Lunatic asylums Madras 1877-1891 - 1877-1891
Year: 1877
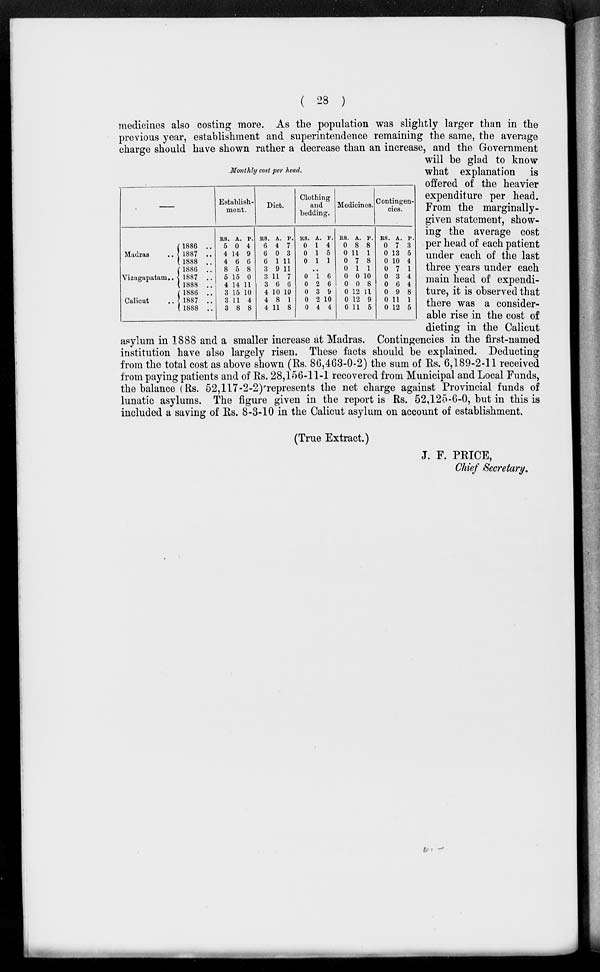
( 28 )
Monthly cost per head.
––
Madras ..
Vizagapatam . .
Calicut ..
1886 ..
1887 ..
1888 ..
1886 ..
1887 ..
1888 ..
1886 ..
1887 ..
1888 ..
Establish-
ment.
RS.
5
4
4
8
6
4
3
3
3
A.
0
14
6
5
15
14
15
11
8
P.
4
9
6
8
0
11
10
4
8
Diet.
RS.
6
6
6
3
3
3
4
4
4
A.
4
0
1
9
11
6
10
8
11
P.
7
3
11
11
7
6
10
1
8
Clothing
and
bedding.
RS.
0
0
0
A.
1
1
1
P.
4
5
1
..
0
0
0
0
0
1
2
3
2
4
6
6
9
10
4
Medicines.
RS.
0
0
0
0
0
0
0
0
0
A.
8
11
7
1
0
0
12
12
11
P.
8
1
8
1
10
8
11
9
5
Contingen-
cies.
RS.
0
0
0
0
0
0
0
0
0
A.
7
13
10
7
3
6
9
11
12
P.
3
5
4
1
4
4
8
1
5
medicines also costing more. As the population was slightly larger than in the
previous year, establishment and superintendence remaining the same, the average
charge should have shown rather a decrease than an increase, and the Government
will be glad to know
what explanation is
offered of the heavier
expenditure per head.
From the marginally-
given statement, show-
ing the average cost
per head of each patient
under each of the last
three years under each
main head of expendi-
ture, it is observed that
there was a consider-
able rise in the cost of
dieting in the Calicut
asylum in 1888 and a smaller increase at Madras. Contingencies in the first-named
institution have also largely risen. These facts should be explained. Deducting
from the total cost as above shown (Rs. 86,463-0-2) the sum of Rs. 6,189-2-11 received
from paying patients and of Rs. 28,156-11-1 recovered from Municipal and Local Funds,
the balance (Rs. 52,117-2-2) represents the net charge against Provincial funds of
lunatic asylums. The figure given in the report is Rs. 52,125-6-0, but in this is
included a saving of Rs. 8-3-10 in the Calicut asylum on account of establishment.
(True Extract.)
J. F. PRICE,
Chief Secretary.